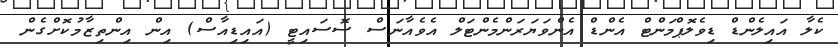
ކެލާ އައިލެންޑް ޑިވެލޮޕްމަންޓް އެންޑް އެންވަޔަރަންމެންޓަލް އެވެއާނަސް ސޮސައިޓީ (އައިޑިއާސް) އިން އިންތިޒާމުކޮށްގެން